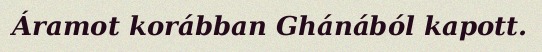
Áramot korábban Ghánából kapott.